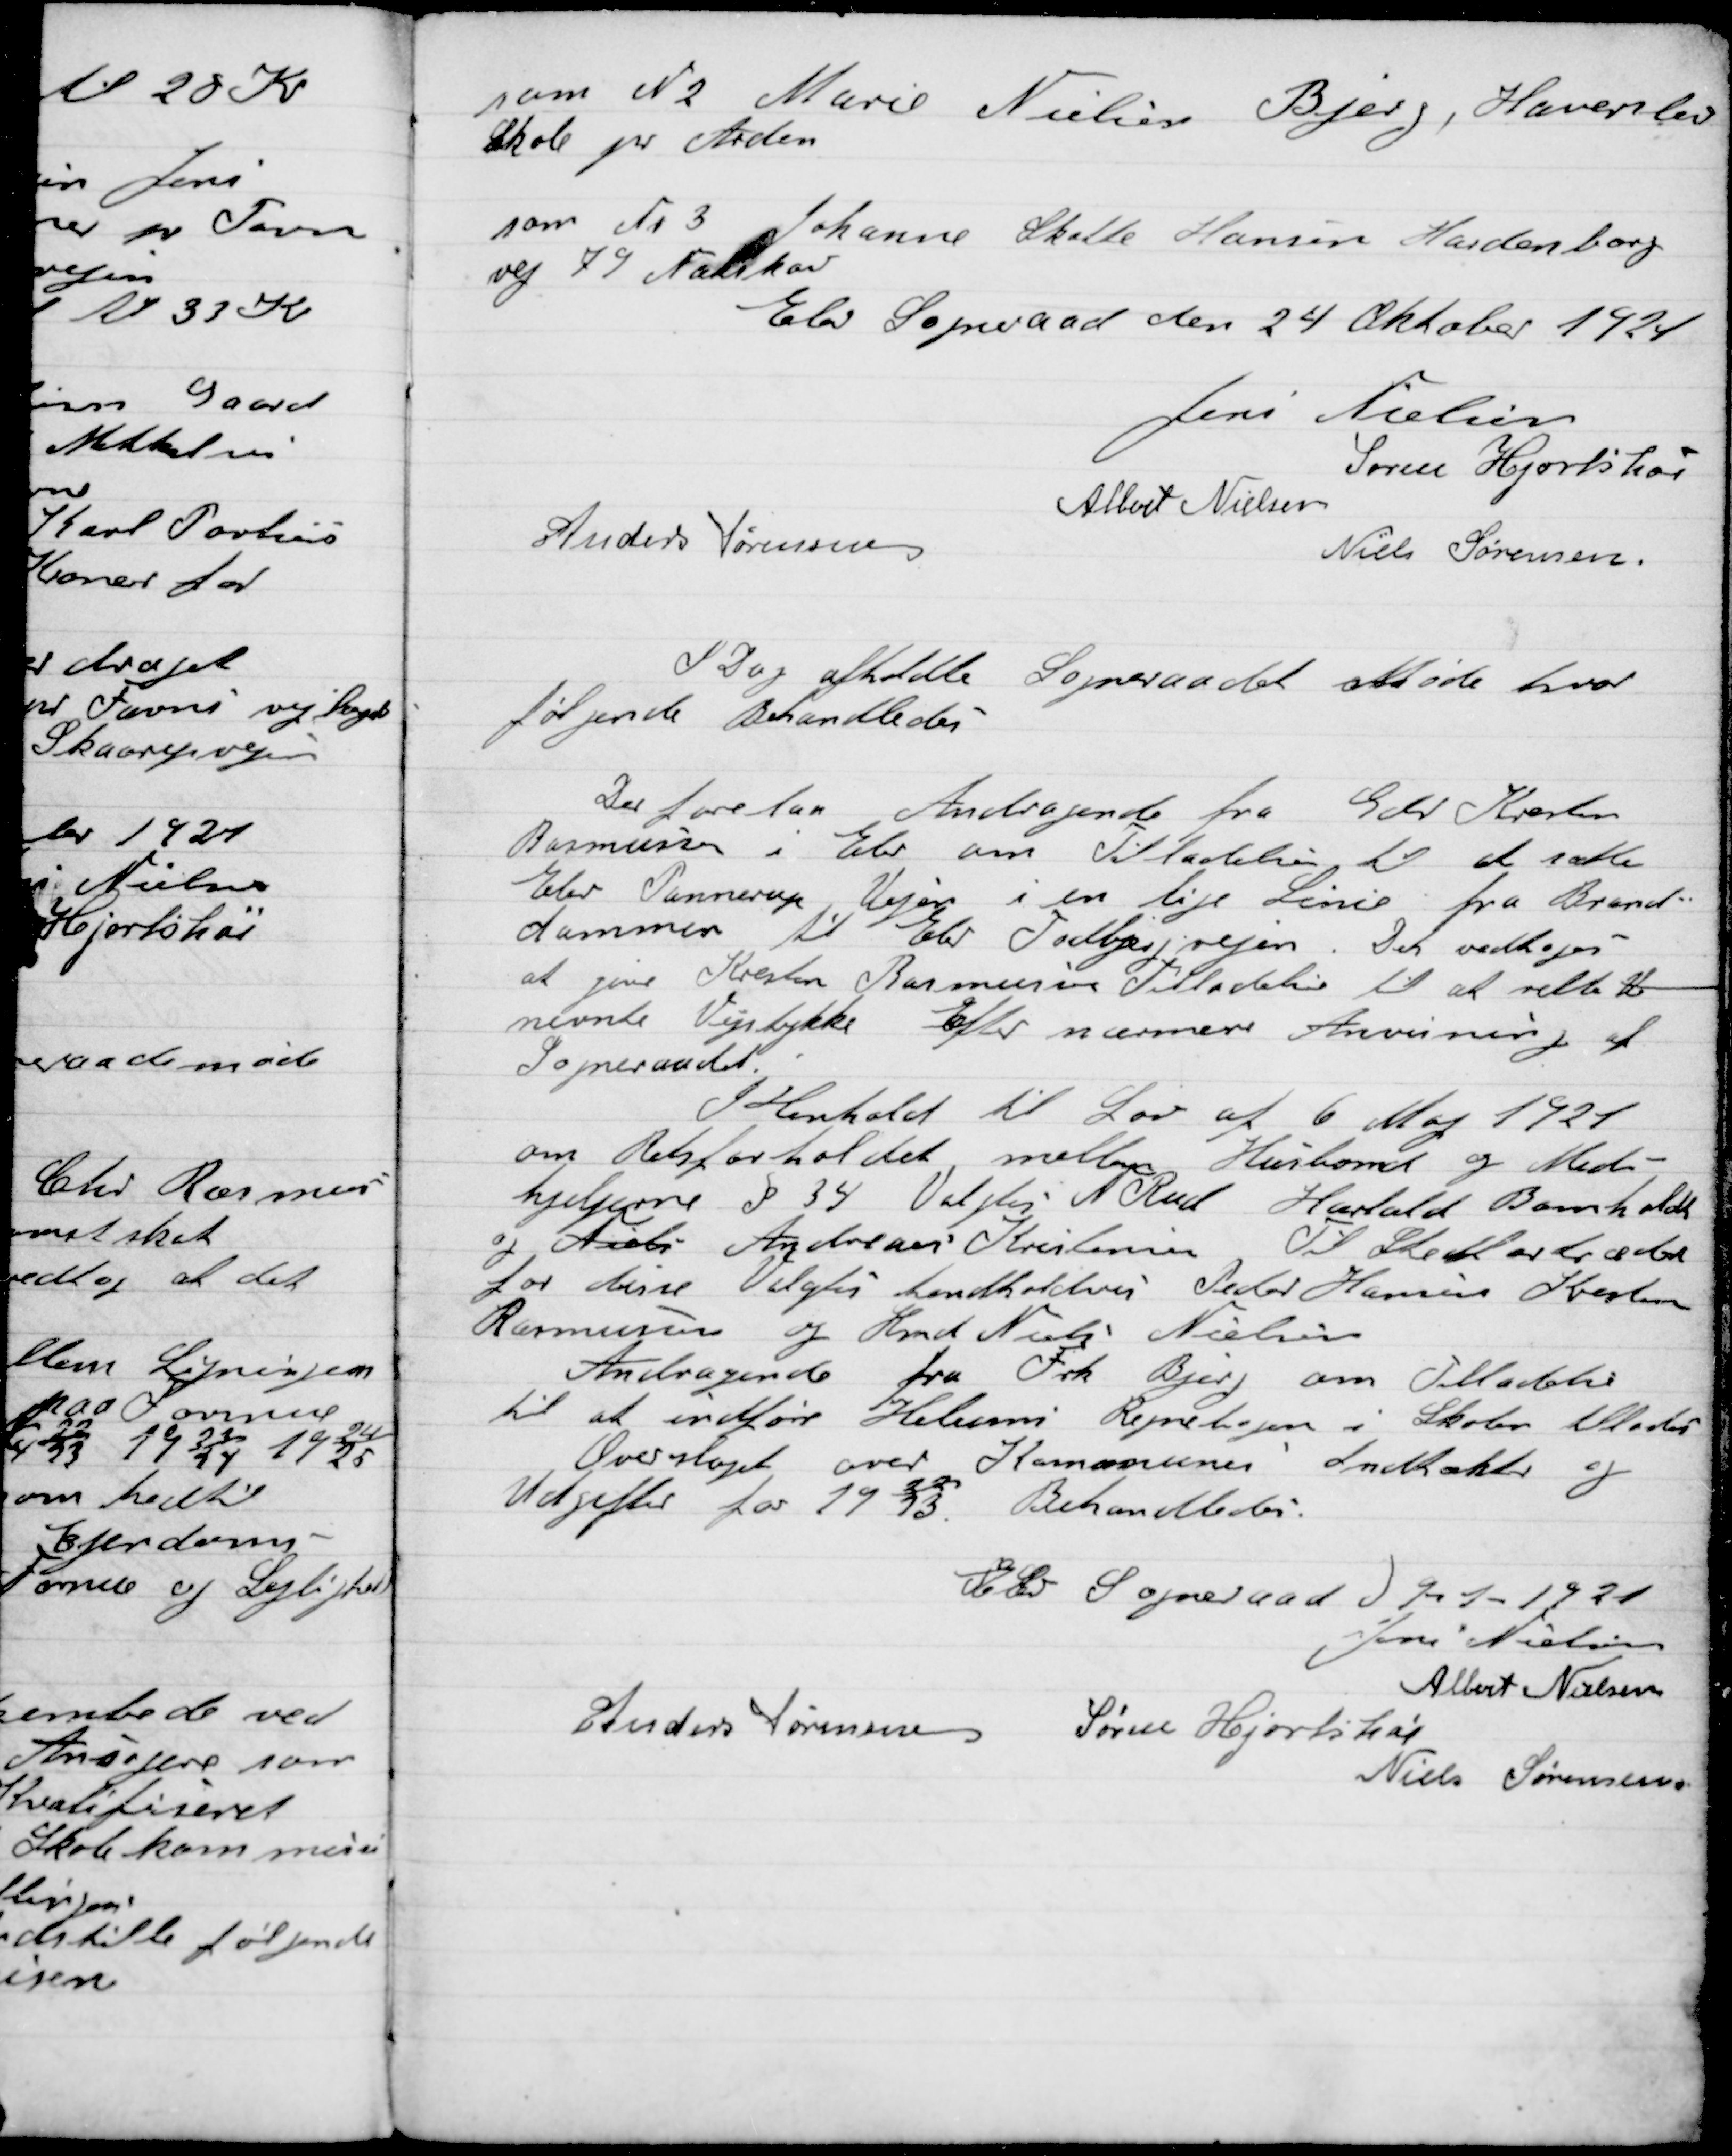
Transskription:
Som N 2 Marie Nielsen Bjerg, Haverslev
Skole pr Arden

Som Nr. 3 Johanne Skøtte Hansen Hardenborg
vej 79 Nakskov

Elev Sogneraad den 24 Oktober 1921

Jens Nielsen
Søren Hjortshøi
Anders Sørensen
Albert Nielsen
Niels Sørensen

I Dag afholdte Sogneraadet Møde hvor
følgende Behandledes

Der forelaa Andragende fra Gdr. Karsten
Rasmussen i Elev om Tilladelse til at sætte
Elev Pannerup Vejen i en lige Linie fra Brand-
dammen til Elev Todbjergvejen. Det vedtoges
At give Kresten Rasmussen tilladelse til at rette
nevnte Vejbakke Efter nærmere Anvisning af
Sogneraadet.

I Henhold til Lov af 6 Maj 1921
om Retsforholdet mellem Husbond og Med-
hjælpere § 34 Valgtes A. Rud Harald Bomholdt
og Niels Andreas Kristensen. Til stedfortræder
for disse Valgtes henholdsvis Peder Hansen, Kresten
Rasmussen og Hmd Niel Nielsen
Andragende fra Frk. Bjerg om Tilladelse
til at indføre Helumi Rejnetøjen i Skolen tillodes
Overslaget over Kommunens Indtægter og
Udgifter for 1922/23. Behandledes.

Elev Sogneraad D. 9-1-1921

Jens Nielsen
Albert Nielsen
Anders Sørensen
Søren Hjortshøi
Niels Sørensen